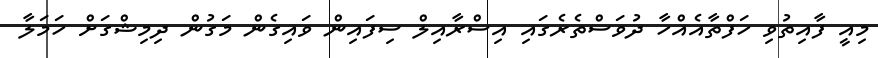
މިއީ ފާއިތުވި ހަފްތާއެއްހާ ދުވަސްތެރެގައި އިސްރާއިލް ސިފައިން ވައިގެން މަގުން ދިމިޝްގަށް ހަމަލާ